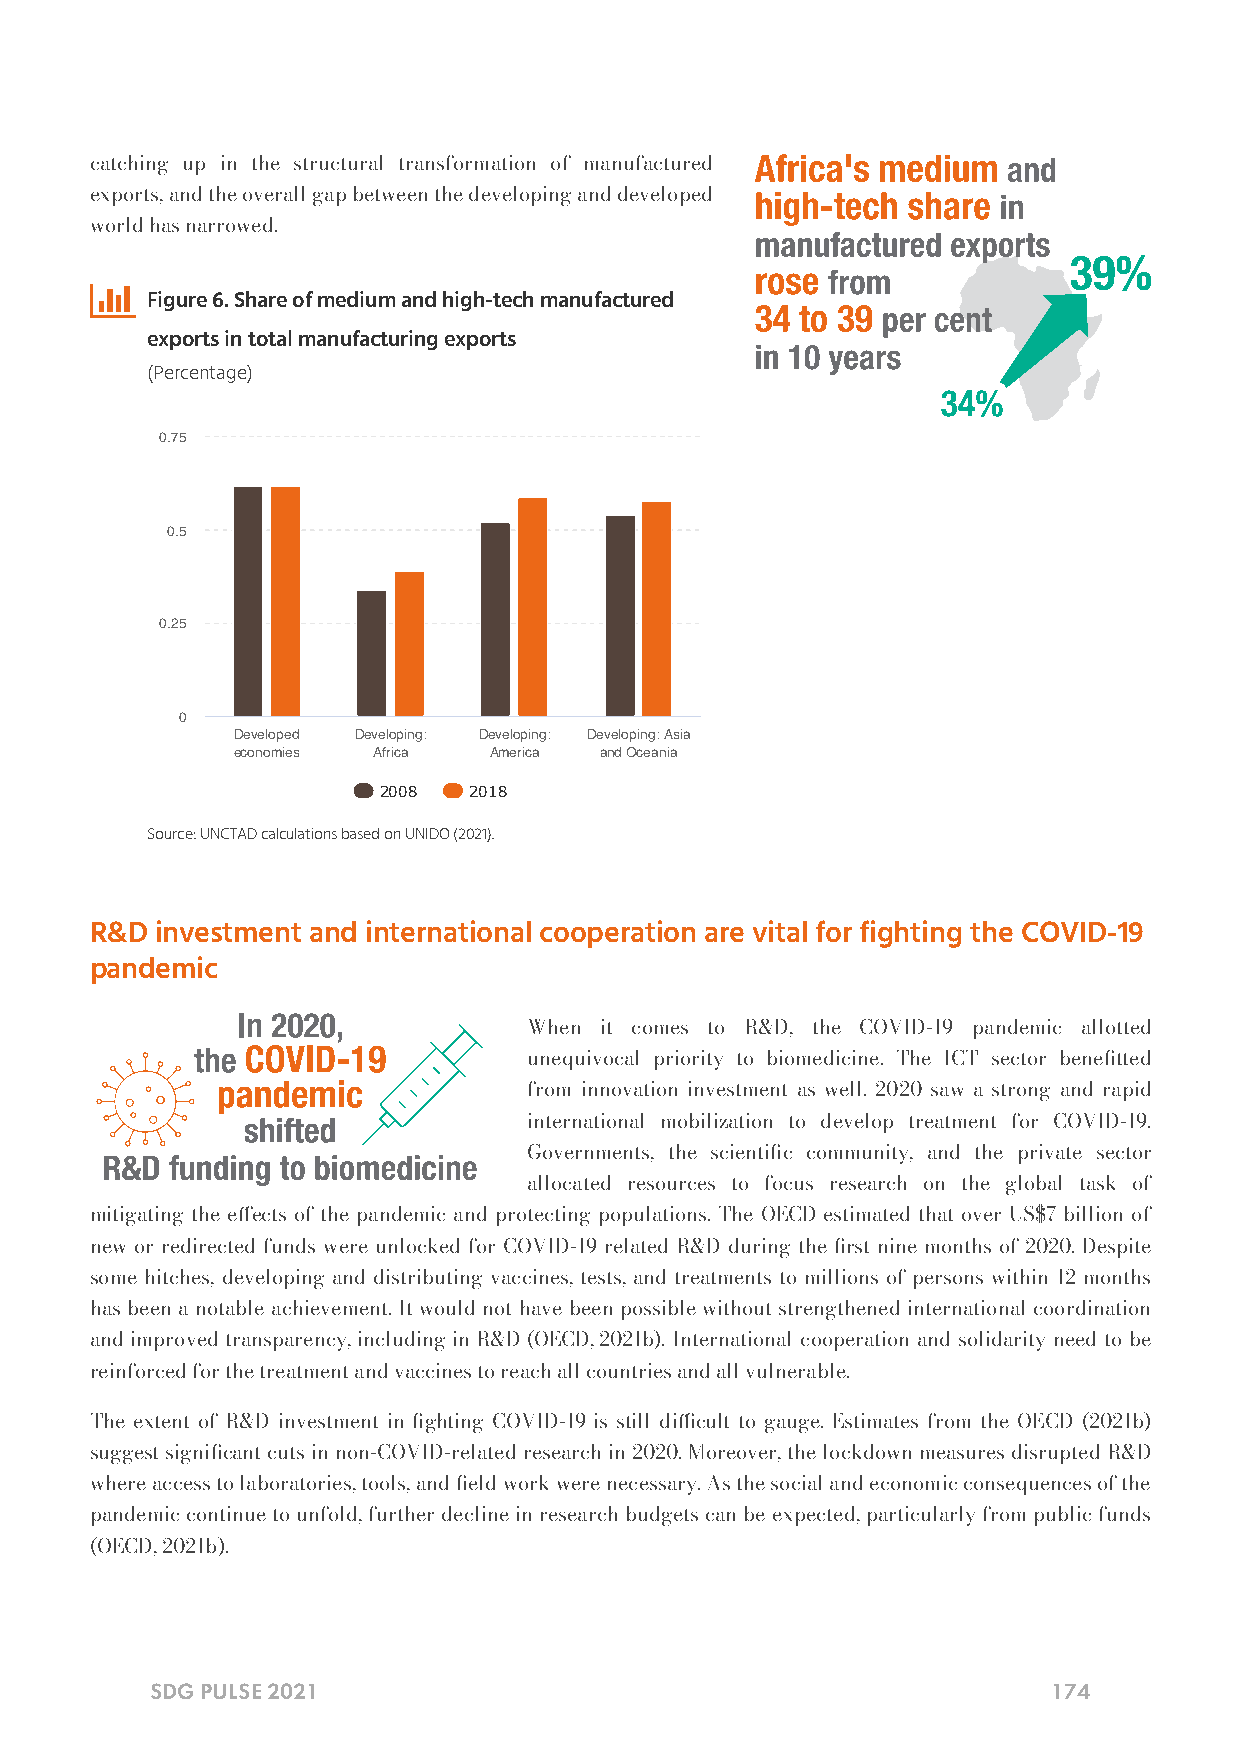
catching up in the structural transformation of manufactured
 exports, and the overall gap between the developing and developed
 world has narrowed.
 
 Figure 6. Share of medium and high-tech manufactured
 exports in total manufacturing exports
 (Percentage)
 0.75
 0.5
 0.25
 0
 Developed Developing: Developing: Developing: Asia
 economies Africa America and Oceania
 2008  2018
 Source: UNCTAD calculations based on UNIDO (2021).
 R&D investment and international cooperation are vital for fighting the COVID-19
 pandemic
 When it comes to R&D, the COVID-19 pandemic allotted
 unequivocal priority to biomedicine. The ICT sector benetted
 from innovation investment as well. 2020 saw a strong and rapid
 international mobilization to develop treatment for COVID-19.
 Governments, the scientic community, and the private sector
 allocated resources to focus research on the global task of
 mitigating the eects of the pandemic and protecting populations. The OECD estimated that over US$7 billion of
 new or redirected funds were unlocked for COVID-19 related R&D during the rst nine months of 2020. Despite
 some hitches, developing and distributing vaccines, tests, and treatments to millions of persons within 12 months
 has been a notable achievement. It would not have been possible without strengthened international coordination
 and improved transparency, including in R&D (OECD, 2021b). International cooperation and solidarity need to be
 reinforced for the treatment and vaccines to reach all countries and all vulnerable.
 The extent of R&D investment in ghting COVID-19 is still dicult to gauge. Estimates from the OECD (2021b)
 suggest signicant cuts in non-COVID-related research in 2020. Moreover, the lockdown measures disrupted R&D
 where access to laboratories, tools, and eld work were necessary. As the social and economic consequences of the
 pandemic continue to unfold, further decline in research budgets can be expected, particularly from public funds
 (OECD, 2021b).
 SDG PULSE 2021                                              174